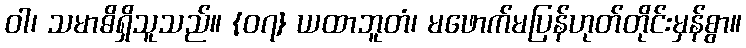
ဝါ၊ သမာဓိရှိသူသည်။ {၀၇} ယထာဘူတံ၊ မဖောက်မပြန်ဟုတ်တိုင်းမှန်စွာ။